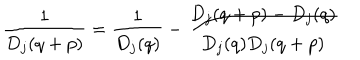
{ \frac { 1 } { D _ { j } ( q + p ) } } = { \frac { 1 } { D _ { j } ( q ) } } - { \frac { D _ { j } ( q + p ) - D _ { j } ( q ) } { D _ { j } ( q ) D _ { j } ( q + p ) } }